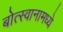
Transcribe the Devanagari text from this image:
बोत्स्वानामध्ये